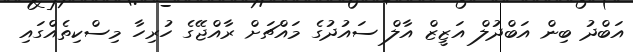
އަބްދު ބިން އަބްދުލް އަޒީޒް އާލް ސައުދުގެ މައްޗަށް ރާއްޖޭގެ ހުރިހާ މިސްކިތެއްގައި